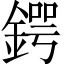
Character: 鍔